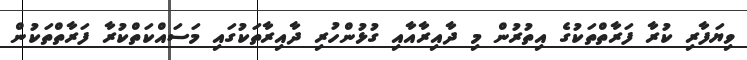
ވިޔަފާރި ކުރާ ފަރާތްތަކުގެ އިތުރުން މި ދާއިރާއާއި ގުޅުންހުރި ދާއިރާތަކުގައި މަސައްކަތްކުރާ ފަރާތްތަކުން